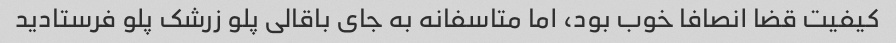
کیفیت قضا انصافا خوب بود، اما متاسفانه به جای باقالی پلو زرشک پلو فرستادید